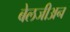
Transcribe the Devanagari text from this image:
बेलजीअन